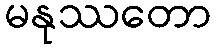
မနုဿတော